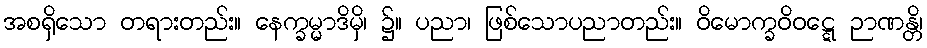
အစရှိသော တရားတည်း။ နေက္ခမ္မာဒိမှိ၊ ၌။ ပညာ၊ ဖြစ်သောပညာတည်း။ ဝိမောက္ခဝိဝဋ္ဋေ ဉာဏန္တိ၊